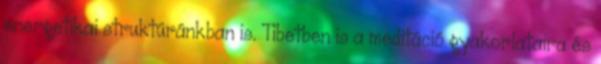
energetikai struktúránkban is. Tibetben is a meditáció gyakorlataira és